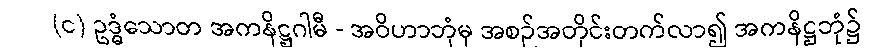
(င) ဥဒ္ဓံသောတ အကနိဋ္ဌဂါမီ - အဝိဟာဘုံမှ အစဉ်အတိုင်းတက်လာ၍ အကနိဋ္ဌဘုံ၌